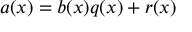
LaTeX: a ( x ) = b ( x ) q ( x ) + r ( x )